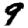
Digit: 9